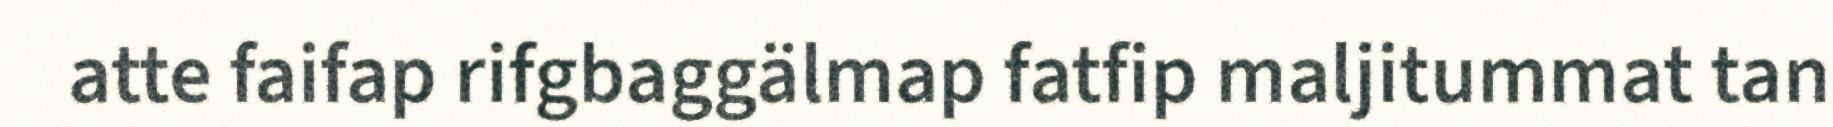
atte faifap rifgbaggälmap fatfip maljitummat tan